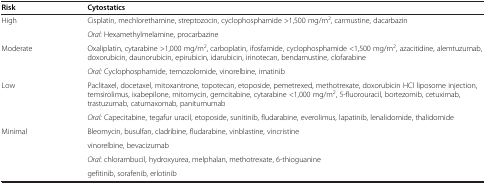
<table><thead><tr><td><b>Risk</b></td><td><b>Cytostatics</b></td></tr></thead><tbody><tr><td>High</td><td>Cisplatin, mechlorethamine, streptozocin, cyclophosphamide &gt;1,500 mg/m<sup>2</sup>, carmustine, dacarbazin</td></tr><tr><td> </td><td><i>Oral</i>: Hexamethylmelamine, procarbazine</td></tr><tr><td>Moderate</td><td>Oxaliplatin, cytarabine &gt;1,000 mg/m<sup>2</sup>, carboplatin, ifosfamide, cyclophosphamide &lt;1,500 mg/m<sup>2</sup>, azacitidine, alemtuzumab, doxorubicin, daunorubicin, epirubicin, idarubicin, irinotecan, bendamustine, clofarabine</td></tr><tr><td> </td><td><i>Oral:</i> Cyclophosphamide, temozolomide, vinorelbine, imatinib</td></tr><tr><td>Low</td><td>Paclitaxel, docetaxel, mitoxantrone, topotecan, etoposide, pemetrexed, methotrexate, doxorubicin HCl liposome injection, temsirolimus, ixabepilone, mitomycin, gemcitabine, cytarabine &lt;1,000 mg/m<sup>2</sup>, 5-fluorouracil, bortezomib, cetuximab, trastuzumab, catumaxomab, panitumumab</td></tr><tr><td> </td><td><i>Oral:</i> Capecitabine, tegafur uracil, etoposide, sunitinib, fludarabine, everolimus, lapatinib, lenalidomide, thalidomide</td></tr><tr><td>Minimal</td><td>Bleomycin, busulfan, cladribine, fludarabine, vinblastine, vincristine</td></tr><tr><td> </td><td>vinorelbine, bevacizumab</td></tr><tr><td> </td><td><i>Oral</i>: chlorambucil, hydroxyurea, melphalan, methotrexate, 6-thioguanine</td></tr><tr><td> </td><td>gefitinib, sorafenib, erlotinib</td></tr></tbody></table>